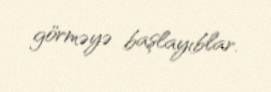
görməyə başlayıblar.